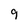
Character: 9